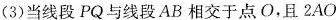
(3)当线段PQ与线段AB相交于点O，且$$2 A O